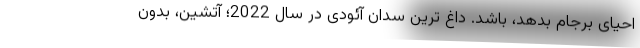
احیای برجام بدهد، باشد. داغ ترین سدان آئودی در سال 2022؛ آتشین، بدون